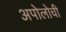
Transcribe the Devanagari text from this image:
अपोलोची